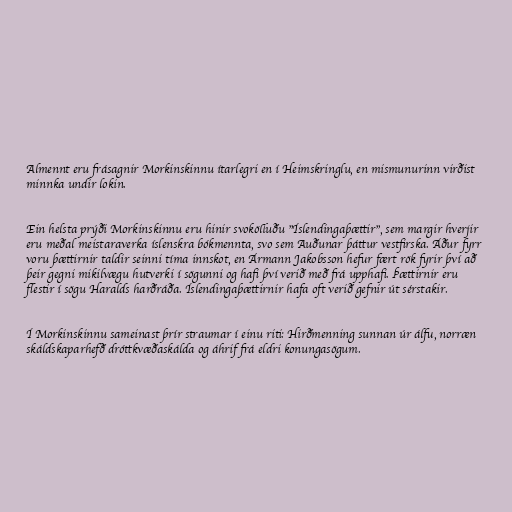
Almennt eru frásagnir Morkinskinnu ítarlegri en í Heimskringlu, en mismunurinn virðist
minnka undir lokin.

Ein helsta prýði Morkinskinnu eru hinir svokölluðu "Íslendingaþættir", sem margir hverjir
eru meðal meistaraverka íslenskra bókmennta, svo sem Auðunar þáttur vestfirska. Áður fyrr
voru þættirnir taldir seinni tíma innskot, en Ármann Jakobsson hefur fært rök fyrir því að
þeir gegni mikilvægu hutverki í sögunni og hafi því verið með frá upphafi. Þættirnir eru
flestir í sögu Haralds harðráða. Íslendingaþættirnir hafa oft verið gefnir út sérstakir.

Í Morkinskinnu sameinast þrír straumar í einu riti: Hirðmenning sunnan úr álfu, norræn
skáldskaparhefð dróttkvæðaskálda og áhrif frá eldri konungasögum.